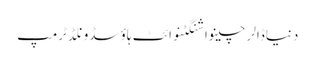
دنیاڈالرچینواشنگٹنوائٹ ہاؤسڈونلڈ ٹرمپ